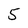
Character: 5